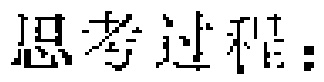
思考过程：